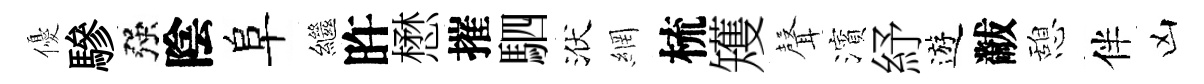
優驂强陰阜繼旿懋摧駟洑網梳矱𮋻濱紓遊黻憩伴凶